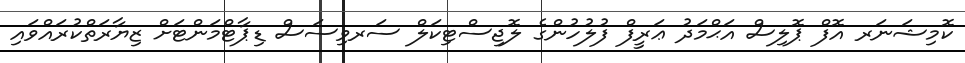
ކޮމިޝަނަރ އޮފް ޕޮލިސް އަޙްމަދު ޢަރީފް ފުލުހުންގެ ލޮޖިސްޓިކަލް ސަރވިސަސް ޑިޕާޓްމަންޓަށް ޒިޔާރަތްކުރައްވައި